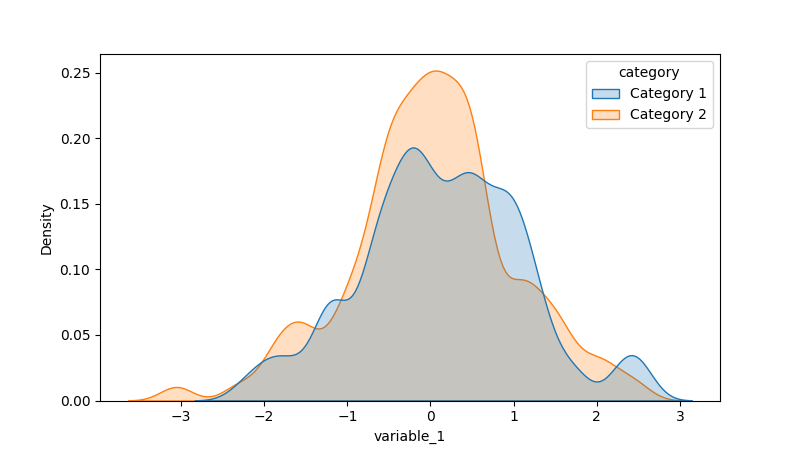
python, seaborn, kdeplot, hue='category', fill=True, bw_adjust=0.5